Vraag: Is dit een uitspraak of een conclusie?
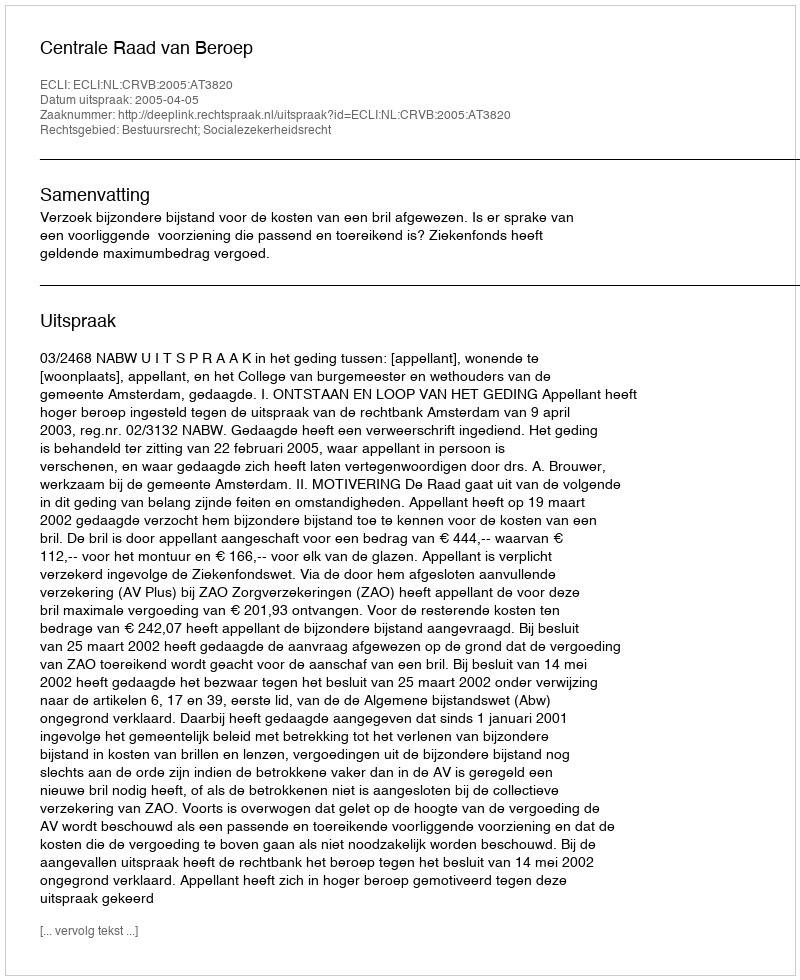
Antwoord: Uitspraak